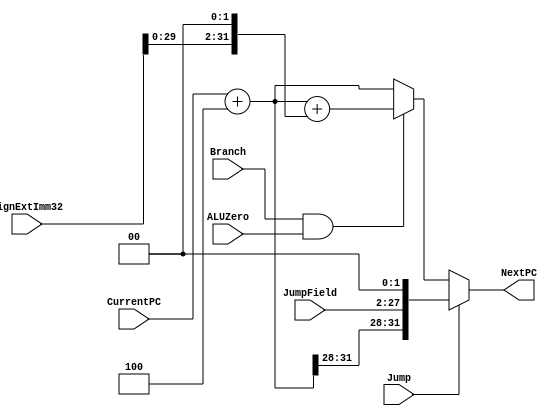
module NextPClogic(
	output [31:0] NextPC,
	input  [31:0] CurrentPC,
	input  [25:0] JumpField,
	input  [31:0] SignExtImm32,
	input  Branch, ALUZero, Jump
);

reg [31:0] out, IncPC, IncBR;

assign #1 IncPC = CurrentPC + 4;
assign #2 IncBR = IncPC + $signed(SignExtImm32<<2);

always @ (*) begin

	if (Jump)
		// if jumping, upper 4 bits of PC are the page number
		// jump cannot jump between pages.
		// append 00 to the end of the jump field to keep PC word aligned
		out = #1 {IncPC[31:28] , JumpField, 2'b00};

	else if (Branch & ALUZero)
		// add immediate from branch to the new PC (PC+4)
		out = #2 IncBR;

	else
		out = #2 IncPC;
end

assign NextPC = out;

endmodule